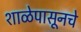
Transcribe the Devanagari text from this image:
शाळेपासूनचे